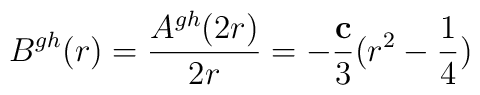
B^{gh}(r) = \frac{A^{gh}(2r)}{2r} = - \frac{\bf c}{3} (r^2 - \frac{1}{4})